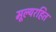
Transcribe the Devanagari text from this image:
मूल्यरहित